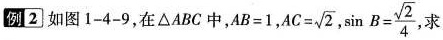
例2如图1-4-9，在\triangle ABC中，$$A B = 1$$，$$A C = \sqrt { 2 }$$，$$\sin B = \frac { \sqrt { 2 } } { 4 }$$ ，求